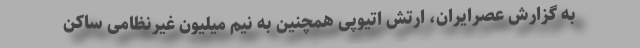
به گزارش عصرایران، ارتش اتیوپی همچنین به نیم میلیون غیرنظامی ساکن